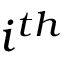
i ^ { t h }